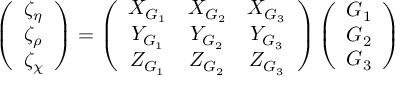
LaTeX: \left( \begin{array} { c } { { \zeta _ { \eta } } } \\ { { \zeta _ { \rho } } } \\ { { \zeta _ { \chi } } } \end{array} \right) = \left( \begin{array} { c c c } { { X _ { G _ { 1 } } } } & { { X _ { G _ { 2 } } } } & { { X _ { G _ { 3 } } } } \\ { { Y _ { G _ { 1 } } } } & { { Y _ { G _ { 2 } } } } & { { Y _ { G _ { 3 } } } } \\ { { Z _ { G _ { 1 } } } } & { { Z _ { G _ { 2 } } } } & { { Z _ { G _ { 3 } } } } \end{array} \right) \left( \begin{array} { c } { { G _ { 1 } } } \\ { { G _ { 2 } } } \\ { { G _ { 3 } } } \end{array} \right)